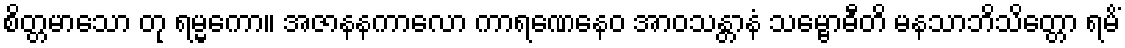
စိတ္တမာသော တု ရမ္မကော။ အဇာနနကာလော ကာရဏေနေဝ အာဝသန္တာနံ သမ္ဗောဓီတိ မနသာဘိသိတ္တော ရမိံ